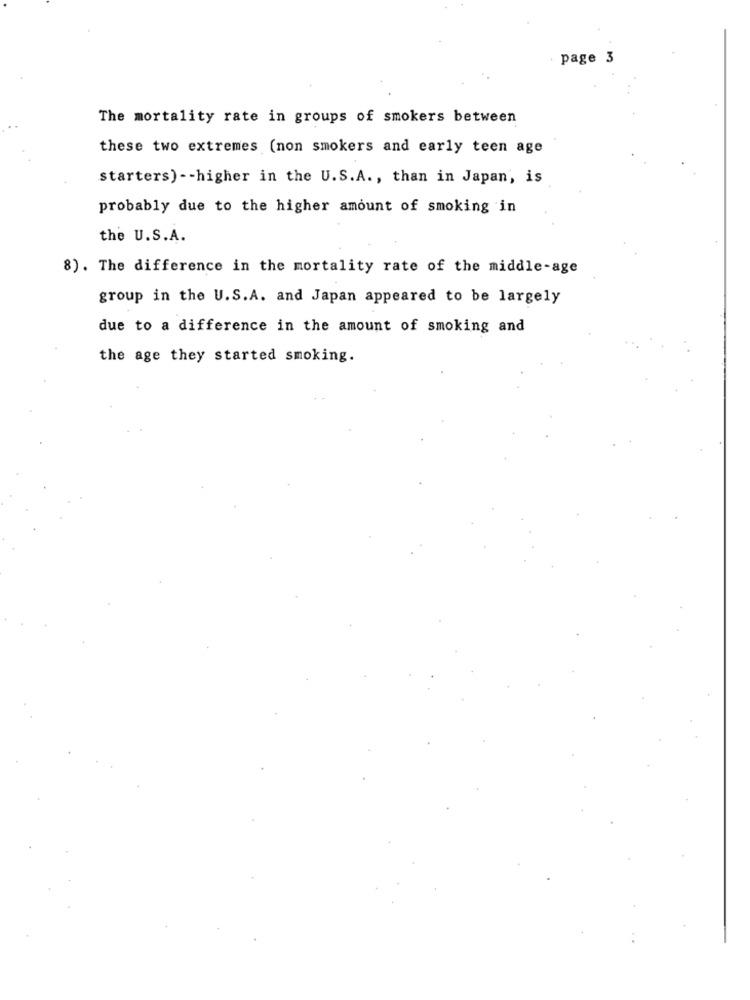
page 3
The mortality rate in groups of smokers between
these two extremes (non smokers and early teen age
starters) -- higher in the U.S.A ., than in Japan, is
probably due to the higher amount of smoking in
the U.S.A.
8). The difference in the mortality rate of the middle-age
group in the U.S.A. and Japan appeared to be largely
due to a difference in the amount of smoking and
the age they started smoking.